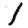
Digit: 1